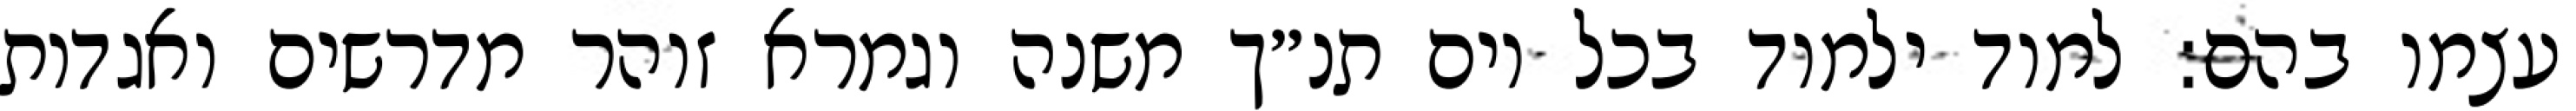
עצמו בהם: למוד ילמוד בכל יום תנ״ך משנה וגמרא זוהר מדרשים ואגדות